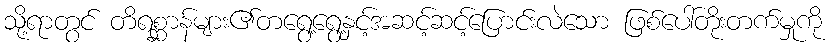
သို့ရာတွင် တိရစ္ဆာန်များ၏တရွေ့ရွေ့နှင့်အဆင့်ဆင့်ပြောင်းလဲသော ဖြစ်ပေါ်တိုးတက်မှုကို